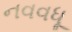
નવવધૂ